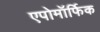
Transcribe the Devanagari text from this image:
एपोमॉर्फिक